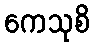
ကေသုစိ